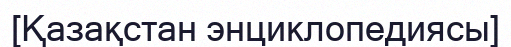
[Қазақстан энциклопедиясы]